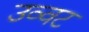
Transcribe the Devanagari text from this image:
उव्‍वट